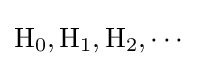
{\text{H}}_{0},{\text{H}}_{1},{\text{H}}_{2},\cdots